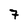
Character: 7